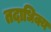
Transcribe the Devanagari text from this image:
तदाधिक्य